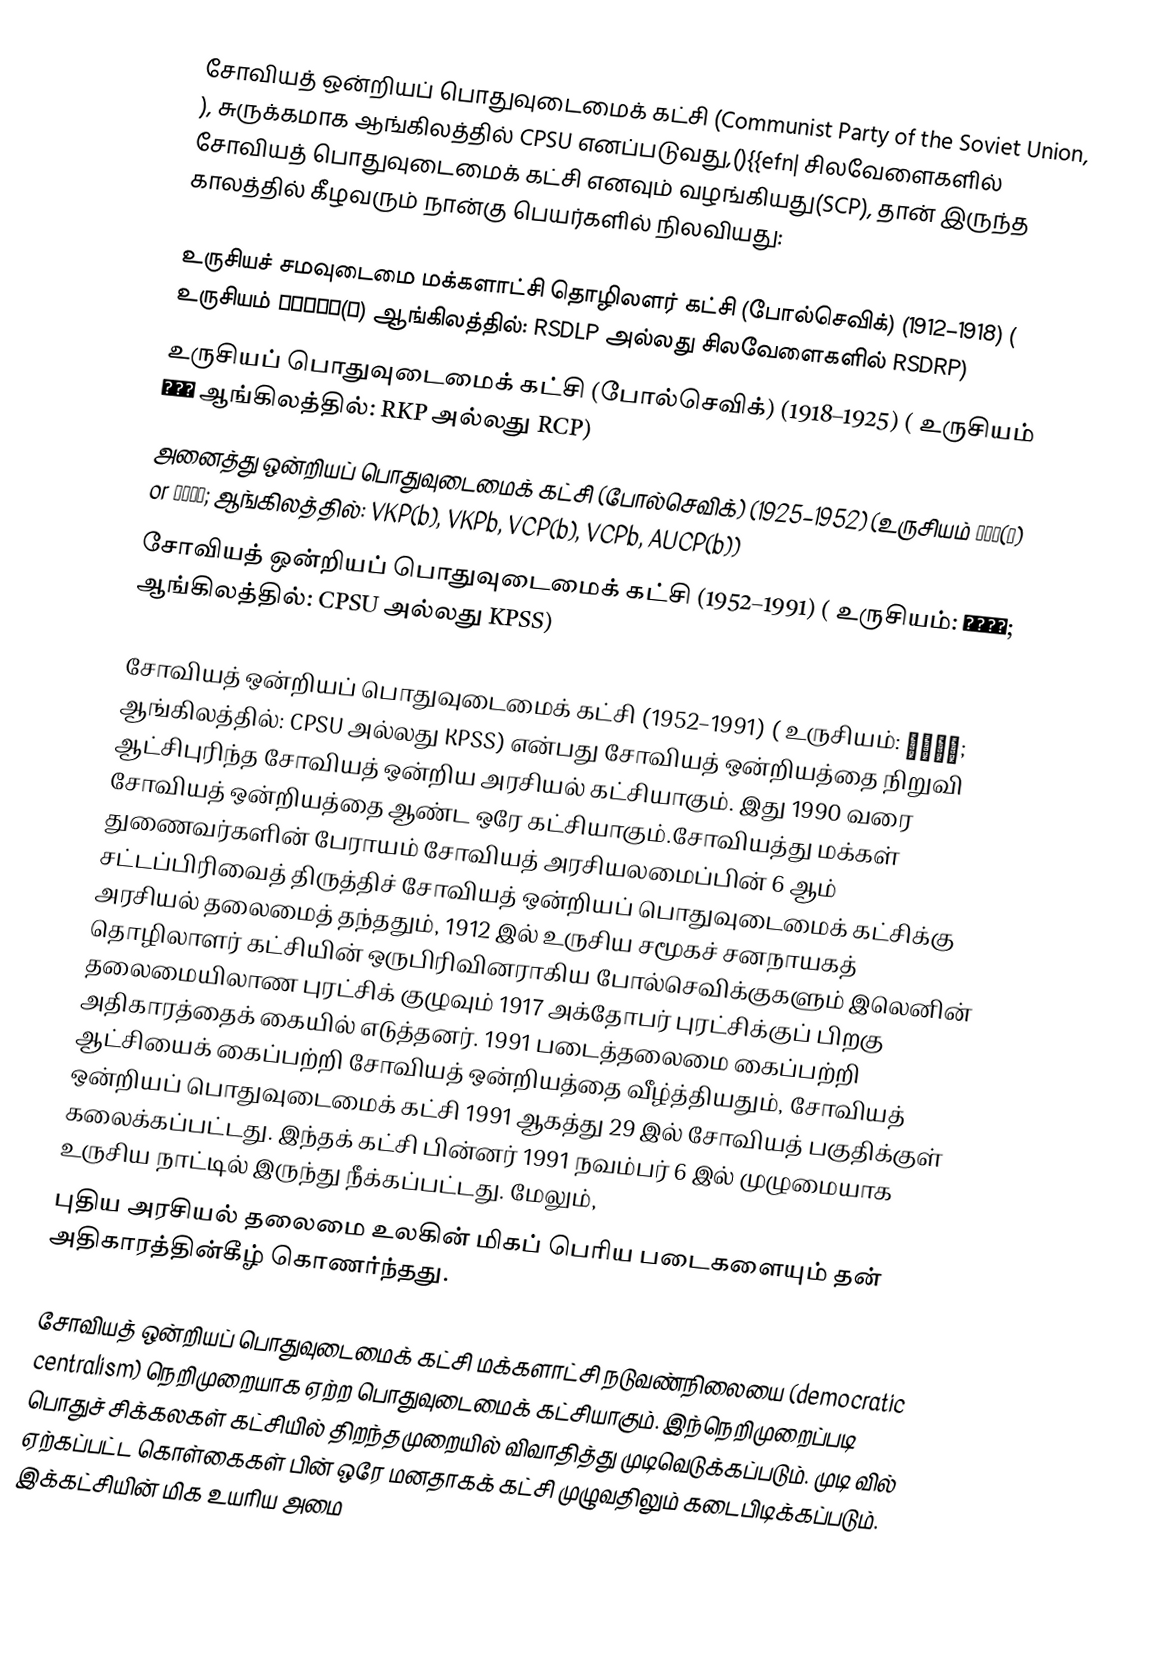
சோவியத் ஒன்றியப் பொதுவுடைமைக் கட்சி (Communist Party of the Soviet Union, ), சுருக்கமாக ஆங்கிலத்தில் CPSU  எனப்படுவது,(){{efn| சிலவேளைகளில் சோவியத் பொதுவுடைமைக் கட்சி எனவும் வழங்கியது(SCP), தான் இருந்த காலத்தில் கீழவரும் நான்கு பெயர்களில் நிலவியது:

 உருசியச் சமவுடைமை மக்களாட்சி தொழிலளர் கட்சி (போல்செவிக்) (1912–1918) ( உருசியம் РСДРП(б) ஆங்கிலத்தில்: RSDLP அல்லது சிலவேளைகளில் RSDRP)
 உருசியப் பொதுவுடைமைக் கட்சி (போல்செவிக்) (1918–1925) ( உருசியம் РКП ஆங்கிலத்தில்: RKP  அல்லது RCP)
 அனைத்து ஒன்றியப் பொதுவுடைமைக் கட்சி (போல்செவிக்) (1925–1952) (உருசியம் ВКП(б) or ВКПб;  ஆங்கிலத்தில்: VKP(b), VKPb, VCP(b), VCPb, AUCP(b))
 சோவியத் ஒன்றியப் பொதுவுடைமைக் கட்சி (1952–1991) ( உருசியம்:  КПСС;  ஆங்கிலத்தில்: CPSU  அல்லது  KPSS)

சோவியத் ஒன்றியப் பொதுவுடைமைக் கட்சி (1952–1991) ( உருசியம்:  КПСС;  ஆங்கிலத்தில்: CPSU  அல்லது  KPSS) என்பது சோவியத் ஒன்றியத்தை நிறுவி  ஆட்சிபுரிந்த சோவியத் ஒன்றிய அரசியல் கட்சியாகும். இது 1990 வரை சோவியத் ஒன்றியத்தை ஆண்ட ஒரே கட்சியாகும்.சோவியத்து மக்கள் துணைவர்களின் பேராயம் சோவியத் அரசியலமைப்பின் 6 ஆம் சட்டப்பிரிவைத் திருத்திச் சோவியத் ஒன்றியப் பொதுவுடைமைக் கட்சிக்கு அரசியல் தலைமைத் தந்ததும், 1912 இல் உருசிய சமூகச் சனநாயகத் தொழிலாளர் கட்சியின் ஒருபிரிவினராகிய போல்செவிக்குகளும் இலெனின் தலைமையிலாண புரட்சிக் குழுவும் 1917 அக்தோபர் புரட்சிக்குப் பிறகு அதிகாரத்தைக் கையில் எடுத்தனர். 1991 படைத்தலைமை கைப்பற்றி ஆட்சியைக் கைப்பற்றி சோவியத் ஒன்றியத்தை  வீழ்த்தியதும், சோவியத் ஒன்றியப் பொதுவுடைமைக் கட்சி 1991 ஆகத்து 29 இல் சோவியத் பகுதிக்குள் கலைக்கப்பட்டது. இந்தக் கட்சி பின்னர் 1991 நவம்பர் 6 இல் முழுமையாக உருசிய நாட்டில் இருந்து நீக்கப்பட்டது. மேலும்,
புதிய அரசியல் தலைமை உலகின் மிகப் பெரிய படைகளையும் தன் அதிகாரத்தின்கீழ் கொணர்ந்தது.

சோவியத் ஒன்றியப் பொதுவுடைமைக் கட்சி மக்களாட்சி நடுவண்நிலையை (democratic centralism)  நெறிமுறையாக ஏற்ற பொதுவுடைமைக் கட்சியாகும். இந்நெறிமுறைப்படி பொதுச் சிக்கலகள் கட்சியில் திறந்தமுறையில் விவாதித்து முடிவெடுக்கப்படும். முடி வில் ஏற்கப்பட்ட கொள்கைகள் பின் ஒரே மனதாகக் கட்சி முழுவதிலும் கடைபிடிக்கப்படும். இக்கட்சியின் மிக உயரிய அமை